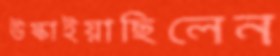
উস্‌কাইয়াছিলেন